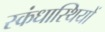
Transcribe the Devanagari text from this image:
स्कंधास्थियों